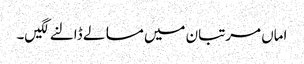
اماں مرتبان میں مسالے ڈالنے لگیں۔